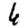
Digit: 6